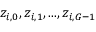
z _ { i , 0 } , z _ { i , 1 } , . . . , z _ { i , G - 1 }